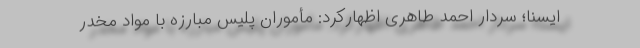
ایسنا؛ سردار احمد طاهری اظهارکرد: مأموران پلیس مبارزه با مواد مخدر